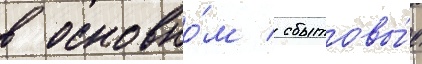
в основно́м / сбытовы́е